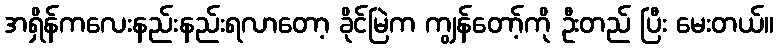
အရှိန်ကလေးနည်းနည်းရလာတော့ ခိုင်မြဲက ကျွန်တော့်ကို ဦးတည် ပြီး မေးတယ်။